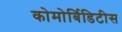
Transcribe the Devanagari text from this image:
कोमोर्बिडिटीस